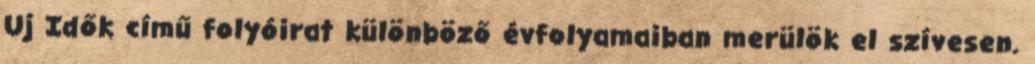
Uj Idők című folyóirat különböző évfolyamaiban merülök el szívesen.